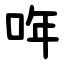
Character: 哖